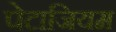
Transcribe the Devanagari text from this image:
पेटाजियम